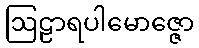
ဩဠာရပါမောဇ္ဇော